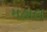
મહાલ